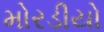
મોરડીયો